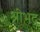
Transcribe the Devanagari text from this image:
श्रीभद्र